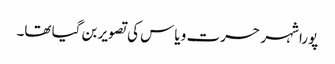
پورا شہر حسرت و یاس کی تصویر بن گیا تھا۔